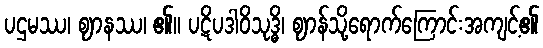
ပဌမဿ၊ ဈာနဿ၊ ၏။ ပဋိပဒါဝိသုဒ္ဓိ၊ ဈာန်သို့ရောက်ကြောင်းအကျင့်၏